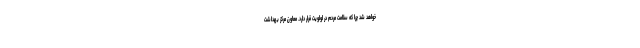
خواهد شد چرا که سلامت مردم در اولویت قرار دارد. معاون مرکز بهداشت